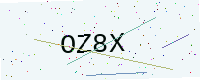
Text: OZ8X